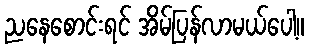
ညနေစောင်းရင် အိမ်ပြန်လာမယ်ပေါ့။